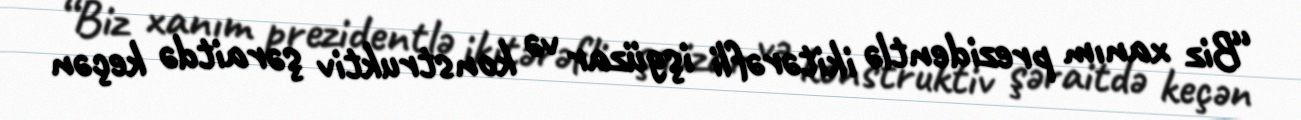
“Biz xanım prezidentlə ikitərəfli işgüzar və konstruktiv şəraitdə keçən